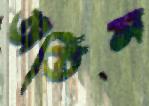
অতিস